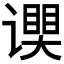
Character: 𬤧